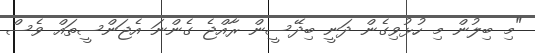
"މި ބިލުން މި ހުޅުވިގެން ދަނީ ބިދޭސީން ރާއްޖެ ގެންނަ އެޖަންސީތައް ވެސް